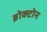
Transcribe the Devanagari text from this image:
ब्रोक्टोन